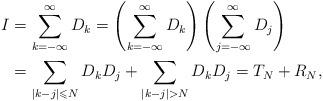
LaTeX: \begin{align*}\begin{aligned}I &=\sum\limits_{k=-\infty}^{\infty} D_{k}=\left(\sum\limits_{k=-\infty}^{\infty} D_{k}\right)\left(\sum\limits_{j=-\infty}^{\infty} D_{j}\right) \\&=\sum\limits_{|k-j| \leqslant N} D_{k} D_{j}+\sum\limits_{|k-j|>N}D_{k} D_{j} =T_{N}+R_{N},\end{aligned}\end{align*}